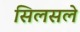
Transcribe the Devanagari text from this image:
सिलसले